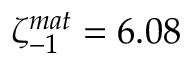
\zeta _ { - 1 } ^ { m a t } = 6 . 0 8